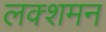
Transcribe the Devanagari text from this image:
लक्शमन